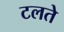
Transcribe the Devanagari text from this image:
टलते